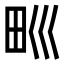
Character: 𤰝